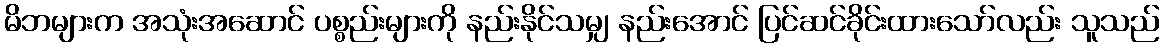
မိဘများက အသုံးအဆောင် ပစ္စည်းများကို နည်းနိုင်သမျှ နည်းအောင် ပြင်ဆင်ခိုင်းထားသော်လည်း သူသည်